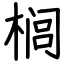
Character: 榈